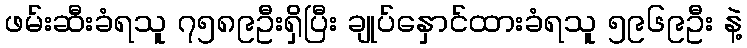
ဖမ်းဆီးခံရသူ ၇၅၈၉ဦးရှိပြီး ချုပ်နှောင်ထားခံရသူ ၅၉၆၉ဦး နဲ့